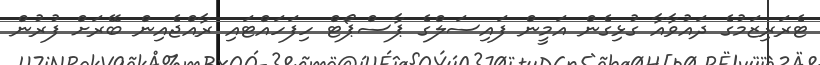
ޓެރަރިޒަމުގެ ދައުވާއާ ގުޅިގެން އަމީން ފައިސަލްގެ ޕާސްޕޯޓް ހިފަހައްޓައި ރާއްޖެއިން ބޭރަށް ފުރުން